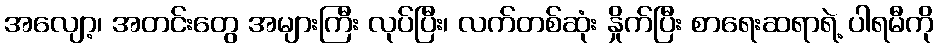
အလျော့၊ အတင်းတွေ အများကြီး လုပ်ပြီး၊ လက်တစ်ဆုံး နှိုက်ပြီး စာရေးဆရာရဲ့ ပါရမီကို